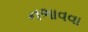
નભાવવા